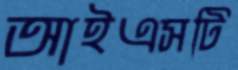
আইএসটি